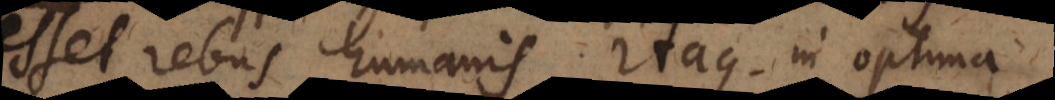
esset rebus humanis. Itaque in optima